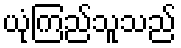
ယုံကြည်သူသည်